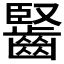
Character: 𪘦